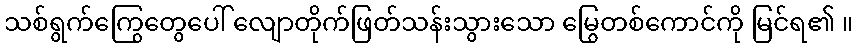
သစ်ရွက်ကြွေတွေပေါ် လျောတိုက်ဖြတ်သန်းသွားသော မြွေတစ်ကောင်ကို မြင်ရ၏ ။